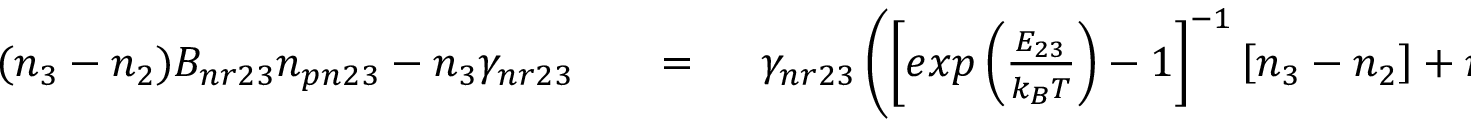
\begin{array} { r l r l } { ( n _ { 3 } - n _ { 2 } ) B _ { n r 2 3 } n _ { p n 2 3 } - n _ { 3 } \gamma _ { n r 2 3 } } & { { } } & { = \; \; } & { { } \gamma _ { n r 2 3 } \left( \left[ e x p \left( \frac { E _ { 2 3 } } { k _ { B } T } \right) - 1 \right] ^ { - 1 } \left[ n _ { 3 } - n _ { 2 } \right] + n _ { 3 } \right) } \end{array}